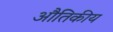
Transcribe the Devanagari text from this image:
औतिकीय